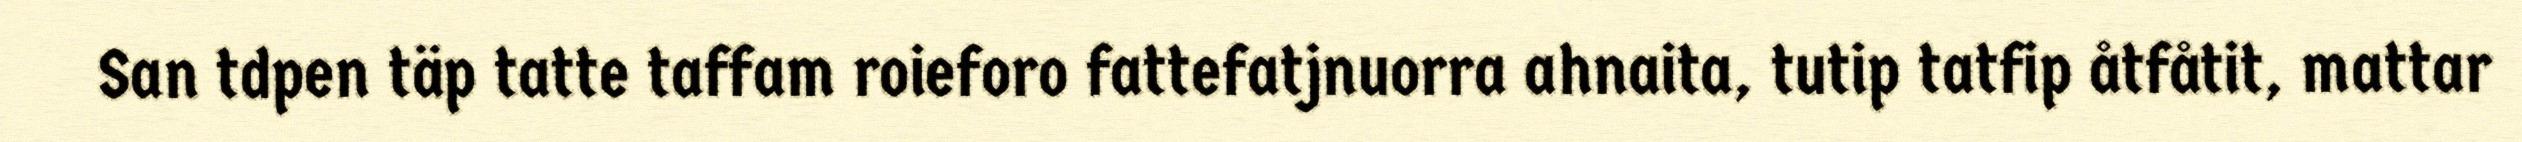
San tdpen täp tatte taffam roieforo fattefatjnuorra ahnaita, tutip tatfip åtfåtit, mattar